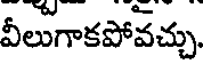
వీలుగాకపోవచ్చు.